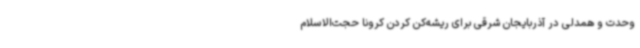
وحدت و همدلی در آذربایجان شرقی برای ریشه‌کن کردن کرونا حجت‌الاسلام